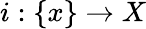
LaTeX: i:\{ x\} \to X